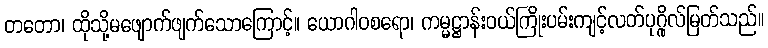
တတော၊ ထိုသို့မဖျောက်ဖျက်သောကြောင့်။ ယောဂါဝစရော၊ ကမ္မဋ္ဌာန်းဝယ်ကြိုးပမ်းကျင့်လတ်ပုဂ္ဂိုလ်မြတ်သည်။